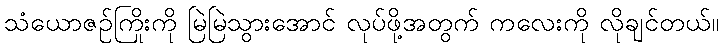
သံယောဇဉ်ကြိုးကို မြဲမြဲသွားအောင် လုပ်ဖို့အတွက် ကလေးကို လိုချင်တယ်။